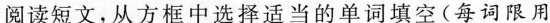
阅读短文,从方框中选择适当的单词填空(每词限用